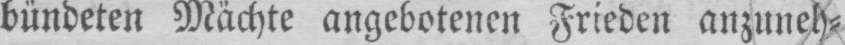
bündeten Mächte angebotenen Frieden anzuneh⸗